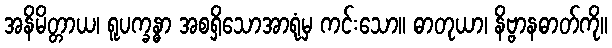
အနိမိတ္တာယ၊ ရူပက္ခန္ဓာ အစရှိသောအာရုံမှ ကင်းသော။ ဓာတုယာ၊ နိဗ္ဗာနဓာတ်ကို။